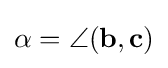
\alpha =\angle (\mathbf {b} ,\mathbf {c} )